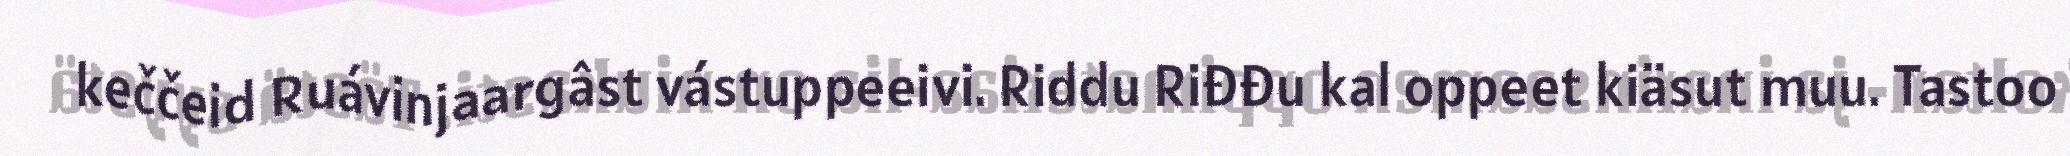
keččeid Ruávinjaargâst vástuppeeivi. Riddu Riđđu kal oppeet kiäsut muu. Tastoo